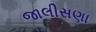
જાલીસણા